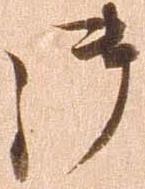
御